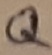
Text: Q